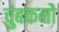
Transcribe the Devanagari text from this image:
चुंबकनों